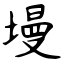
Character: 墁